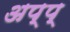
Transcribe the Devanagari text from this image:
अप्प्